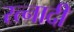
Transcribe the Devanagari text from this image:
रत्‍नादी